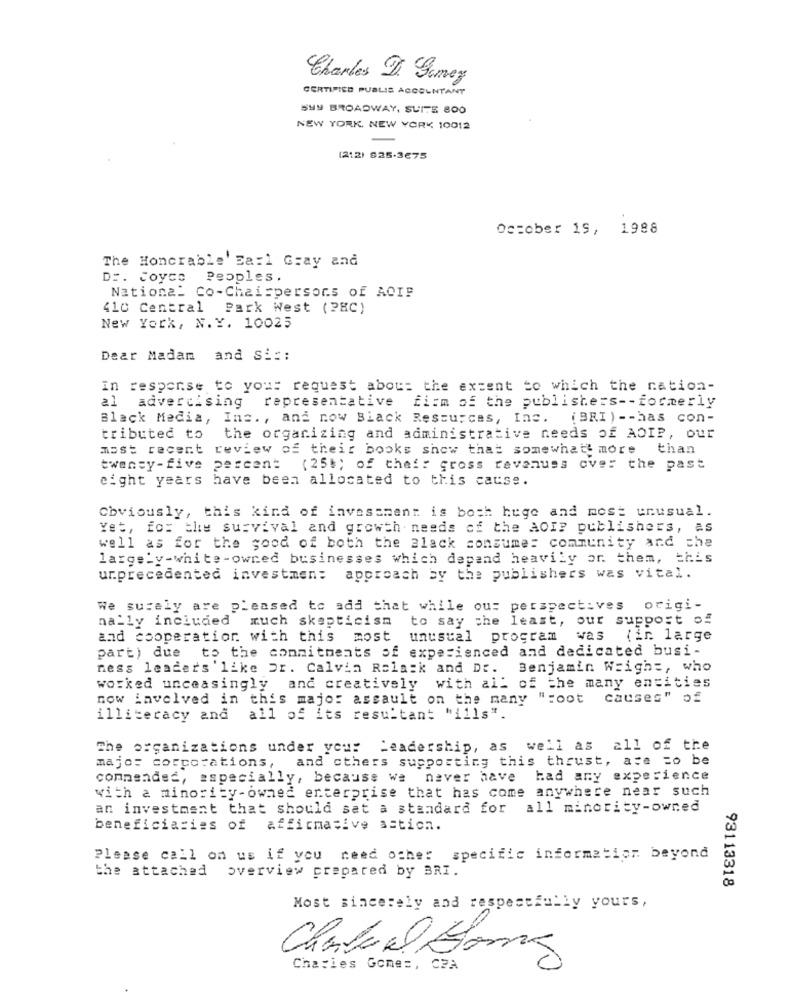
Charles D Gamey
CERTIFICO PUBLIS ACCOUNTANT
SHY BROADWAY, SUITE 800
NEW YORK, NEW YORK 10012
(212) 925-3675
October 19, 1988
The Honorable' Ea:1 Gray and
D :. Joyce Peoples.
National Co-Chairpersons of ACIP
410 Central Park West (PEC)
New York, N.Y. 10025
Dear Madam and Si ::
In response to your request about the extent to which the nation-
al
advertising representative
firm of the publishers -- formerly
Black Media, Inc ., and now Black Resources, Inc.
( BRI ) -- has con-
tributed to the organizing and administrative needs of ADIP, Our
most recent review of their books show that somewhat more than
twenty-five percent (25%) of thef: gross revenues ove: the past
eight years have been allocated to this cause.
Obviously, this kind of investment is both huge and most unusual.
Yet, fos the survival and growth needs of the AOIP publishers, as
well as for the good of both the alack consume: community and che
large_v-white-owned businesses which depand heavily or. them, this
unprecedented investmen: approach by the publishers was vital.
We surely are pleased to add that while ou: perspectives origi-
nally included much skepticism
to say the least, our support of
and cooperation with this most unusual program
was
(in large
part) due to the commitments of experienced and dedicated busi-
ness leaders 'like Dr. Calvin Ralaik and Dr. Benjamin Wright, who
worked unceasingly and creatively
with all of the many entities
now involved in this majo: assault on the many ":oot
causes" of
illiteracy and
all of its resultant "ills".
The organizations under you: Leadership, as well as all of the
major corporations, and others supporting this thrust, ate to be
comnendeć, especially, because we never have had any experience
with a minority-owned enterprise that has come anywhere near such
an investment that should sat a standard for all minority-owned
beneficiaries of affirmative action.
Please call on us if you need other specific information beyond
the attached overview prepared by BRI.
93113318
Most sincerely and respectfully yours,
Charcoal Elong
Charles Gomes, CPA